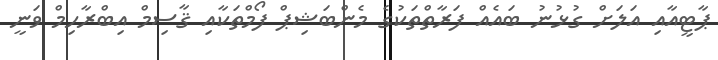
ޕާޓީއާއި އަލަށް ގުޅުނު ބައެއް ފަރާތްތަކުގެ މެންބަޝިޕް ފޯމްތަކާއި ޤާސިމް އިބްރާހިމް ވަނީ